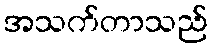
အသက်တာသည်